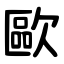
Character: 歐